Scottish Leaving Certificate Examination, 1951
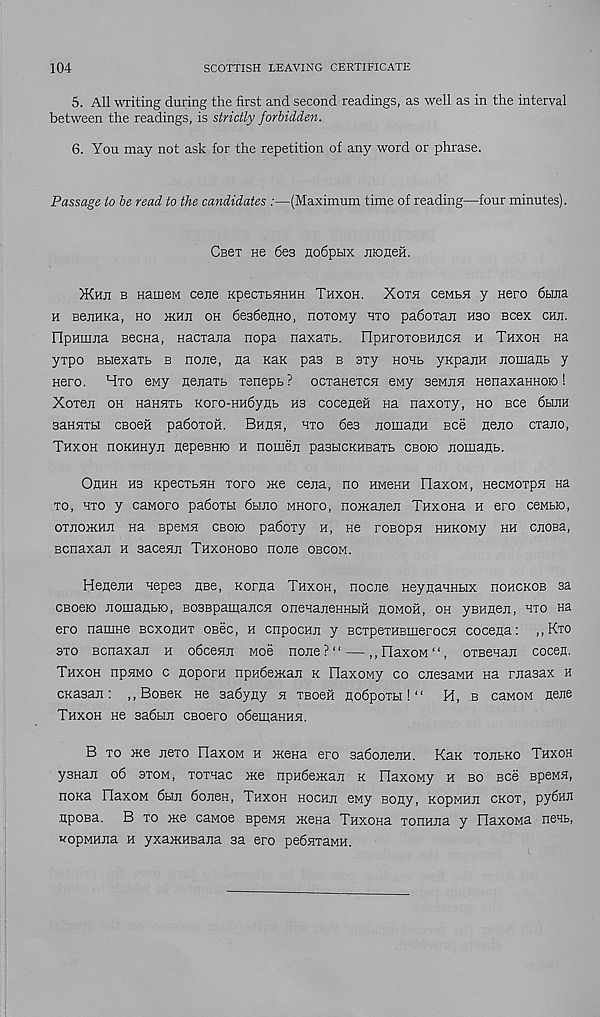
104
SCOTTISH LEAVING CERTIFICATE
5. All writing during the first and second readings, as well as in the interval
between the readings, is strictly forbidden.
6. You may not ask for the repetition of any word or phrase.
Passage to be read to the candidates :—(Maximum time of reading—four minutes).
Cb6t He des nodptix jnonefi.
>Khji b HameM ceiie KpecTtflHHH Thxoh. Xoth ceMbH y Hero 6bma
h BejiHKa, ho >khji oh desdejiHO, noTowy hto padoTaii hso ecex cm.
Ylpamna Becna, Hacraiia nopa naxaTt. FIpHroTOBHjicH h Thxoh Ha
yxpo BbiexaTb b none, na Kan pas b sxy hohb ynpariH nomanb y
Hero. Hxo eny Hejiaxb xenepb? ocxanexcn eMy sennH HenaxanHoio!
Xoxen oh HanHXb Koro-HHdynb hs coceneH na naxoxy, ho bob 6wm
saHHXbi CBoeii padoxoii. Bhuh, hto 6e3 nomaHH see nejio exano,
Thxoh noKHnyn nepeBHio h nomen pasbicKHBaxb cboio nomajib.
Ohhh hs KpecxbHH xoro me cejia, no hmchh HaxoM, HecMOxpn na
xo, hto y caMoro padoxbi 6bmo mhoxo, noManen TnxoHa h ero ceMbio,
OTJIOMHJI Ha BpeMH CBOK) padoxy H, He XOBOpH HHKOMy HH CJIOBa,
Bcnaxan h sacenji Thxohobo none obcom.
HeneiiH nepea HBe, Korna Thxoh, nocne HeynanHbix hohckob sa
CBoeio noHiaabio, BOSBpamajicH onenaneHHbiH homoh, oh yBHfleji, hto Ha
ero namHe bcxohht osec, h cnpocHii y BCxpeTHBinerocH cocena: ,,Kxo
3X0 Bcnaxan h odeesm mob none?" — ,,naxoM“, oTBeHan cocen.
Thxoh npnMO c Hopora npHdeMan k IlaxoMy co cnesaMH na rnasax h
CKasan: ,,BoBeK ne sadyny h tbobh nodpoxbi! “ H, b caMOM Eene
Thxoh hb sadbm CBoero odemaHHH.
B xo Me jiexo FlaxoM h Mena ero sadoneriH. Kan tojibko Thxoh
ysHaii od stom, Toxnac Me npndeMaji k FlaxoMy h bo bob BpeMH,
noKa OaxoM dbin donen, Thxoh hochji ewy Bony, KopMHji ckox, pydnji
apoBa. B to mb caMoe BpeMH Mena Taxona xonnna y OaxoMa nens,
wopMHna h yxaMHBana sa ero pedHxaMH.